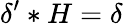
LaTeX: \delta^{\prime}\ast H=\delta